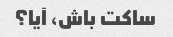
ساکت باش، آیا؟